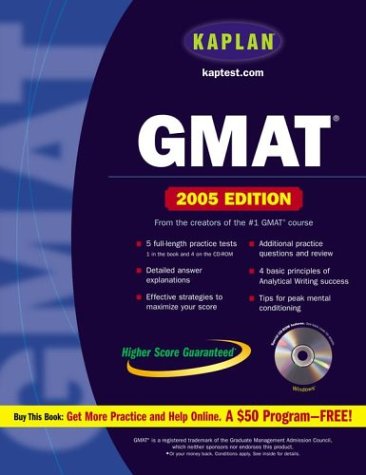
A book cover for Kaplan GMAT 2005 with CD-ROM (Kaplan GMAT Premier Program (w/CD)); Kaplan; Test Preparation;